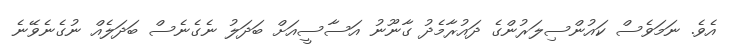
އެވެ. ނަމަވެސް ކައުންސިލަރުންގެ ދައުރާމެދު ގާނޫނު އަސާސީއަށް ބަދަލު ނެގެނެސް ބަދަލެއް ނުގެނެވޭނެ